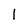
Character: l